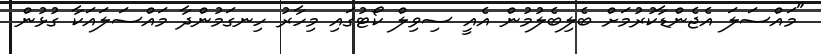
"މައްސަލަ އެޖެންޑާކުރުމަށް ބެލިބެލުމުން އެއީ ސިވިލް ކޯޓުގައި މިހާރު ހިނގަމުންދާ މައްސަލައަކާ ގުޅުން